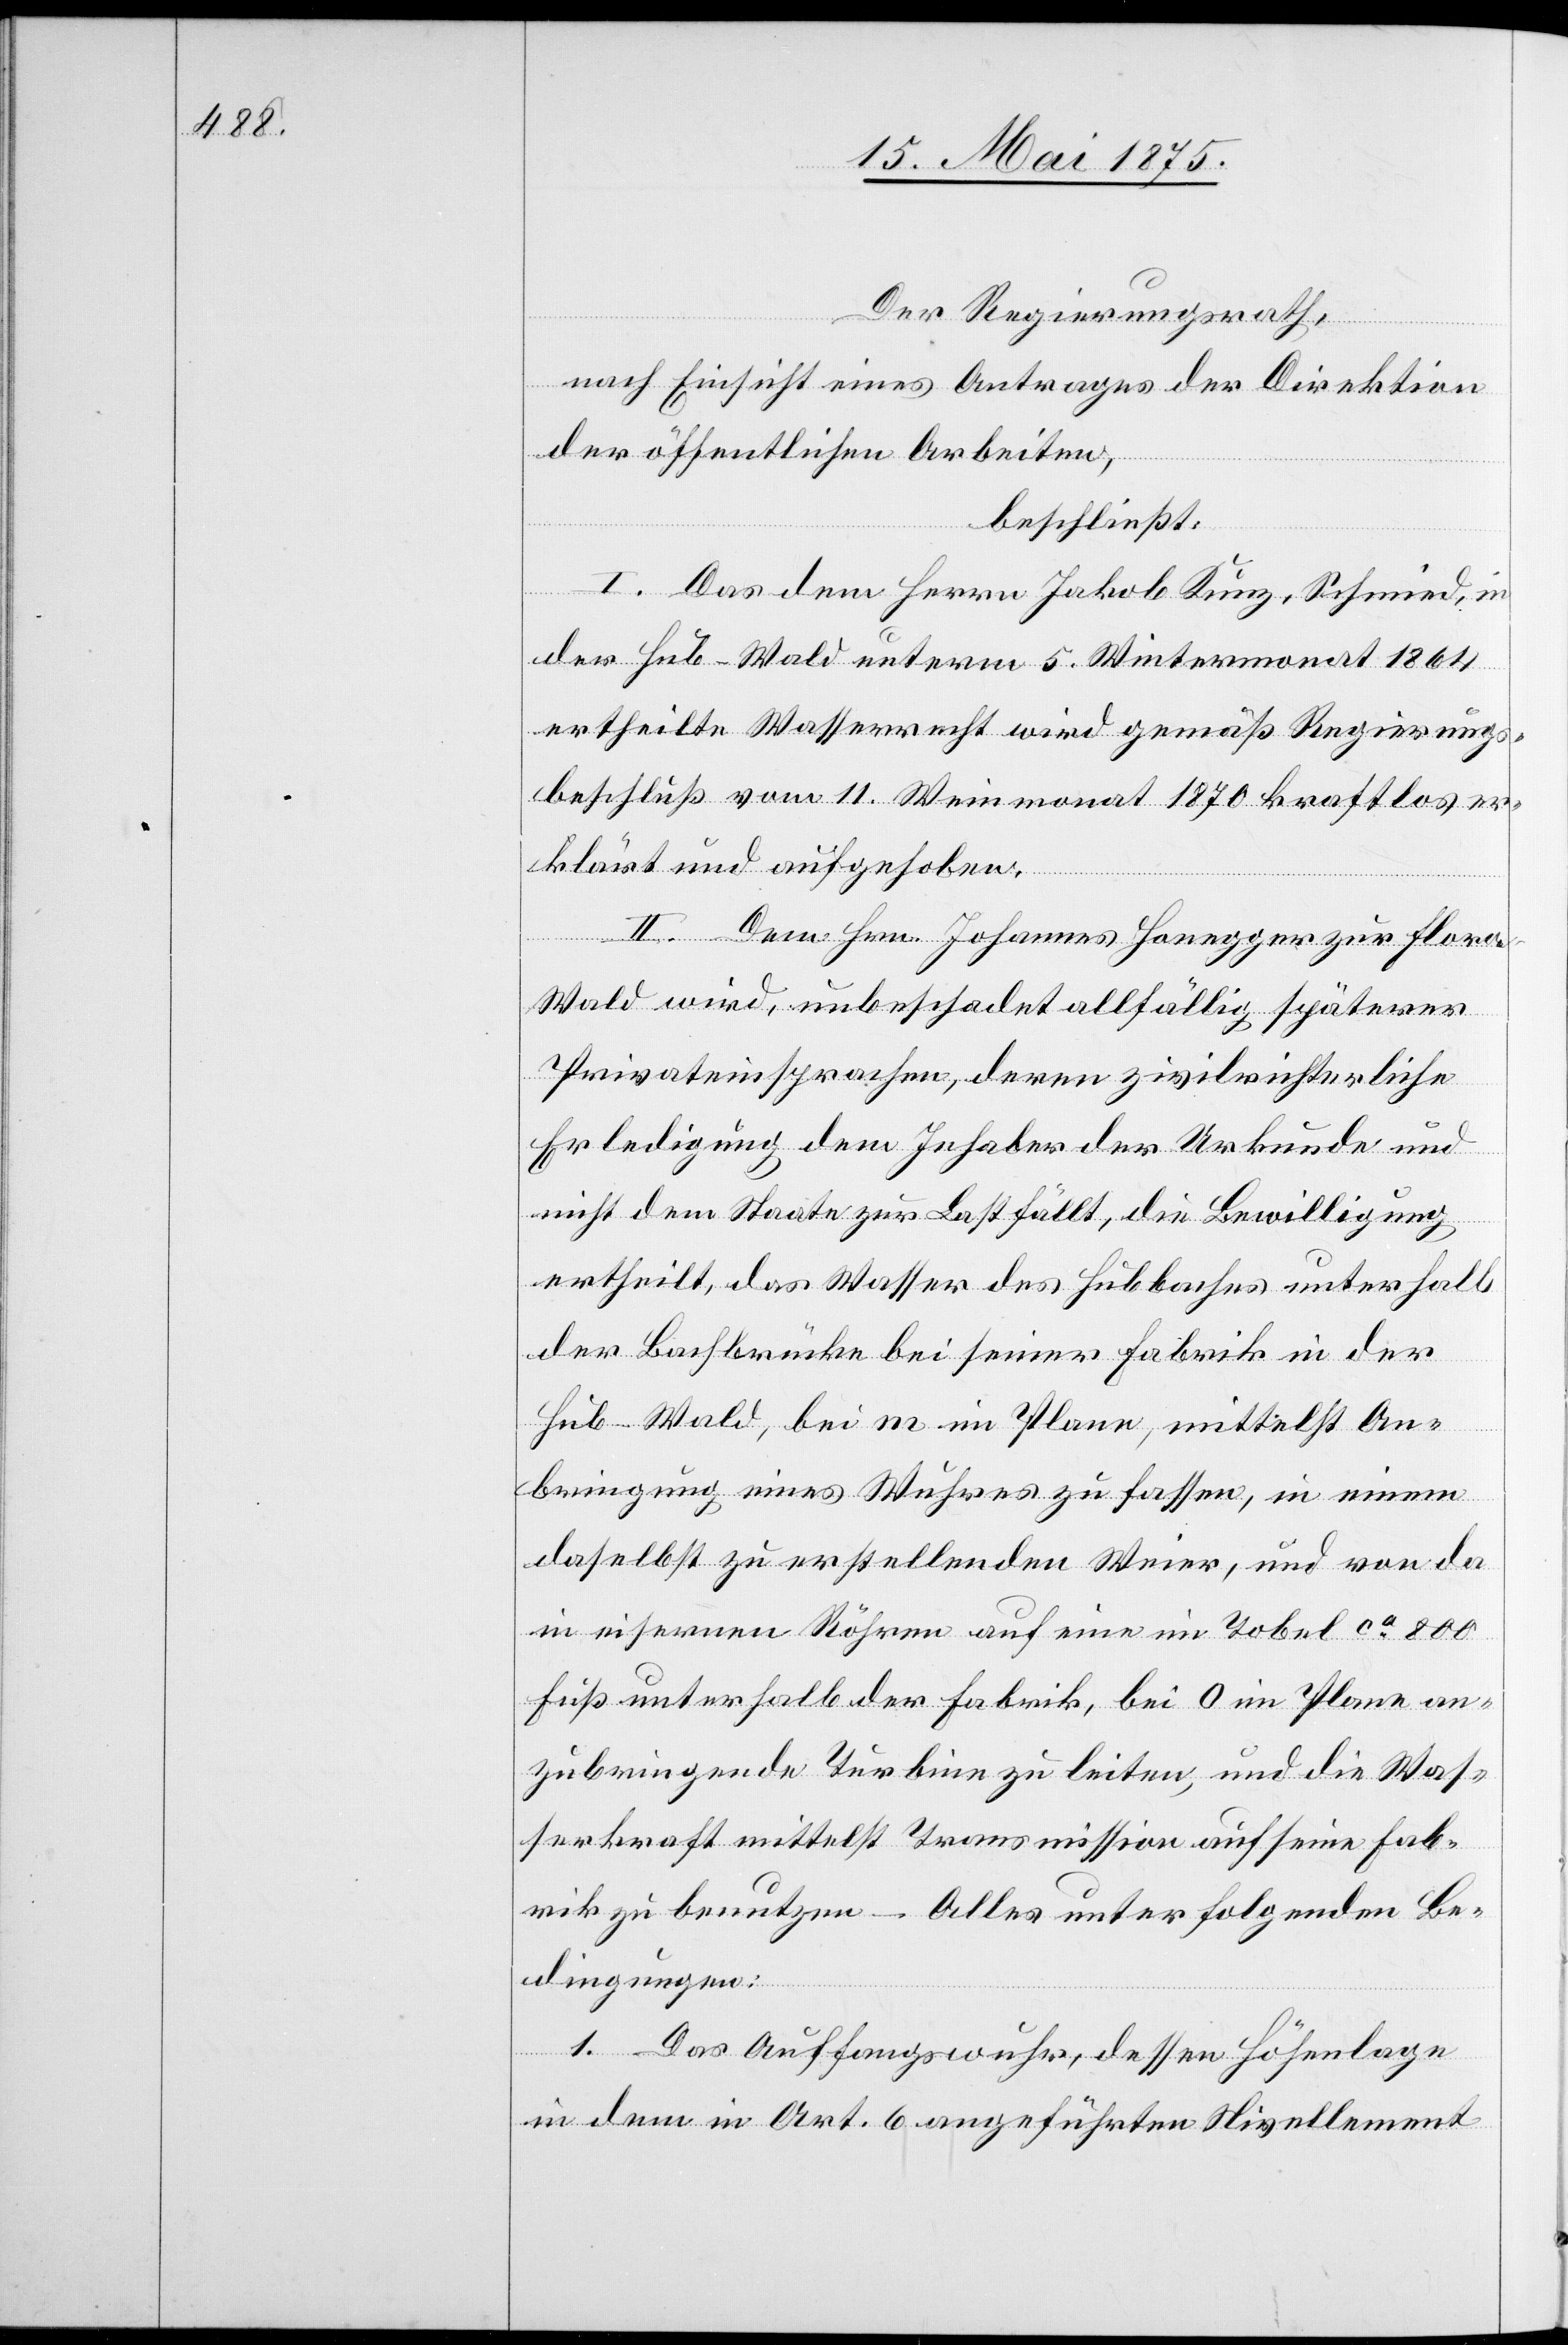
Der Regierungsrath,
nach Einsicht eines Antrages der Direktion
der öffentlichen Arbeiten,
beschließt:
I. Das dem Herrn Jakob Kunz, Schmied, in
der Hub-Wald unterm 5.Wintermonat 1864
ertheilte Wasserrecht wird gemäß Regierungs¬
beschluß vom 11. Weinmonat 1870 kraftlos er¬
klärt und aufgehoben.
II. Dem Hrn. Johannes Honegger zur Flora
Wald wird, unbeschadet allfällig späterer
Privateinsprachen, deren zivilrechtliche
Erledigung dem Inhaber der Urkunde und
nicht dem Staate zur Last fällt, die Bewilligung
ertheilt, das Wasser des Hubbaches unterhalb
der Bachbrücke bei seiner Fabrik in der
Hub-Wald, bei m im Plan, mittelst An¬
bringung eines Wuhres zu fassen, in einem
daselbst zu erstellenden Weier, und von da
in eisernen Röhren auf eine im Tobel ca 800F¬
uß unterhalb der Fabrik, bei I im Plane an¬
zubringende Turbine zu leiten, und die Was¬
serkraft mittelst Transmission auf seine Fab¬
rik zu benutzen – Alles unter folgenden Be¬
dingungen:
1. Das Auffangswuhr, dessen Höhenlage
in dem in Art. 6 angeführten Nivellement